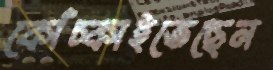
কোঁচ্‌কাইতেছেন